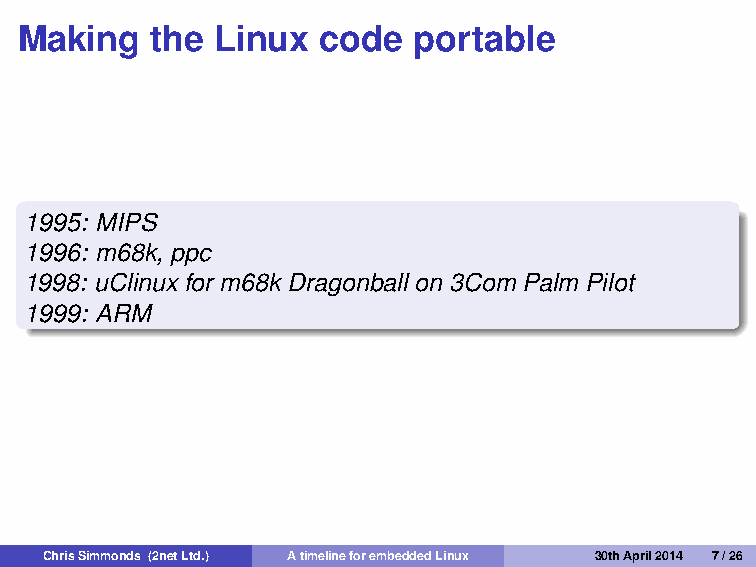
Making   the Linux  code  portable
 1995: MIPS
 1996: m68k, ppc
 1998: uClinux for m68k Dragonball on 3Com Palm Pilot
 1999: ARM
 ChrisSimmonds (2netLtd.) AtimelineforembeddedLinux 30thApril2014 7/26